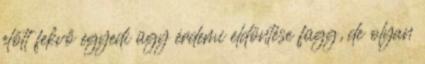
előtt fekvő egyedi ügy érdemi eldöntése függ, de olyan